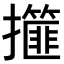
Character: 𢸿